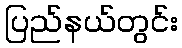
ပြည်နယ်တွင်း